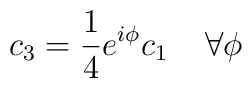
c_{3}=\frac{1}{4}e^{i\phi }c_{1}\; \; \; \; \forall \phi